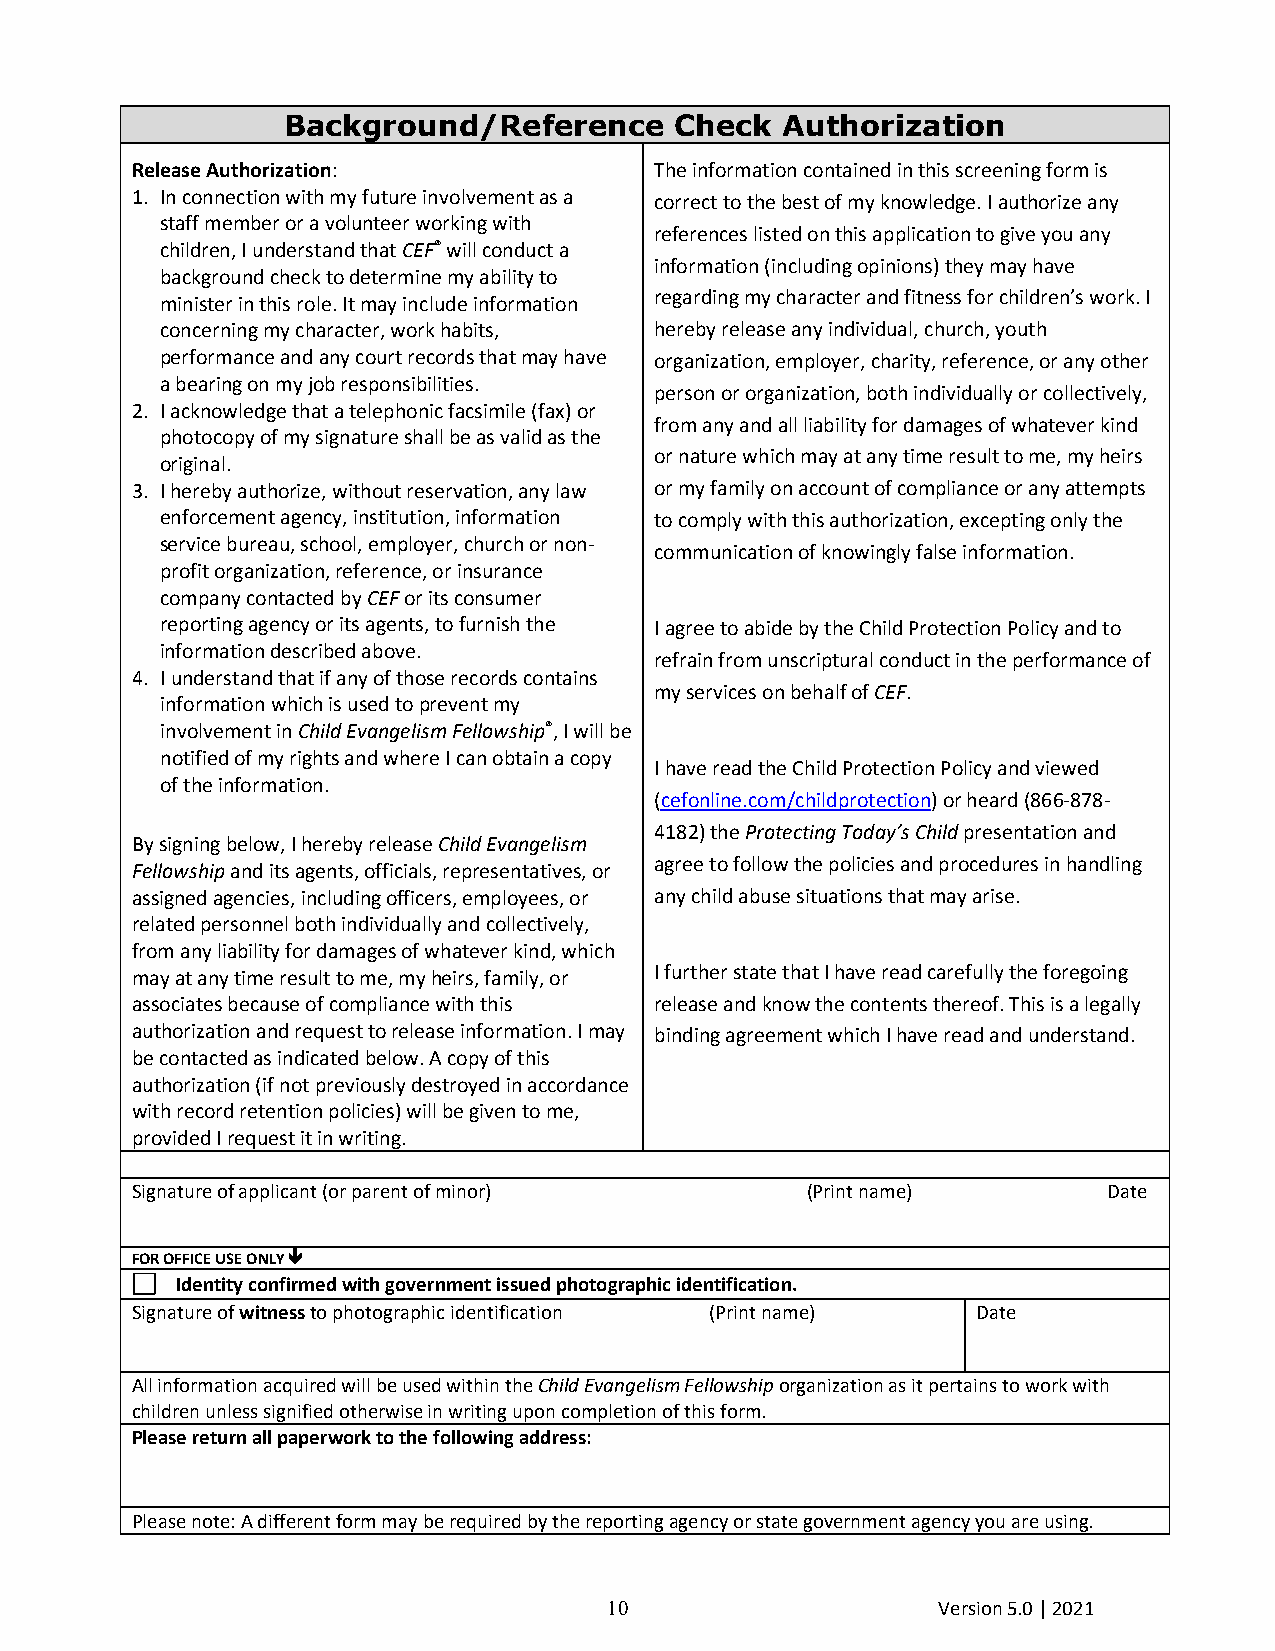
Background/Reference      Check  Authorization
 Release Authorization:            The information contained in this screening form is
 1. In connection with my future involvement as a correct to the best of my knowledge. I authorize any
 staff member or a volunteer working with
 references listed on this application to give you any
 children, I understand that CEF® will conduct a
 information (including opinions) they may have
 background check to determine my ability to
 minister in this role. It may include information regarding my character and fitness for children’s work. I
 concerning my character, work habits, hereby release any individual, church, youth
 performance and any court records that may have organization, employer, charity, reference, or any other
 a bearing on my job responsibilities.
 person or organization, both individually or collectively,
 2. I acknowledge that a telephonic facsimile (fax) or
 from any and all liability for damages of whatever kind
 photocopy of my signature shall be as valid as the
 or nature which may at any time result to me, my heirs
 original.
 3. I hereby authorize, without reservation, any law or my family on account of compliance or any attempts
 enforcement agency, institution, information to comply with this authorization, excepting only the
 service bureau, school, employer, church or non-
 communication of knowingly false information.
 profit organization, reference, or insurance
 company contacted by CEF or its consumer
 reporting agency or its agents, to furnish the I agree to abide by the Child Protection Policy and to
 information described above.
 refrain from unscriptural conduct in the performance of
 4. I understand that if any of those records contains
 my services on behalf of CEF.
 information which is used to prevent my
 involvement in Child Evangelism Fellowship®, I will be
 notified of my rights and where I can obtain a copy
 I have read the Child Protection Policy and viewed
 of the information.
 (cefonline.com/childprotection) or heard (866-878-
 4182) the Protecting Today’s Child presentation and
 By signing below, I hereby release Child Evangelism
 agree to follow the policies and procedures in handling
 Fellowship and its agents, officials, representatives, or
 assigned agencies, including officers, employees, or any child abuse situations that may arise.
 related personnel both individually and collectively,
 from any liability for damages of whatever kind, which
 may at any time result to me, my heirs, family, or I further state that I have read carefully the foregoing
 associates because of compliance with this release and know the contents thereof. This is a legally
 authorization and request to release information. I may binding agreement which I have read and understand.
 be contacted as indicated below. A copy of this
 authorization (if not previously destroyed in accordance
 with record retention policies) will be given to me,
 provided I request it in writing.
 Signature of applicant (or parent of minor) (Print name)        Date
 FOR OFFICE USE ONLY 
 Identity confirmed with government issued photographic identification.
 Signature of witness to photographic identification (Print name) Date
 All information acquired will be used within the Child Evangelism Fellowship organization as it pertains to work with
 children unless signified otherwise in writing upon completion of this form.
 Please return all paperwork to the following address:
 Please note: A different form may be required by the reporting agency or state government agency you are using.
 10                    Version 5.0 | 2021